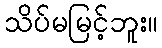
သိပ်မမြင့်ဘူး။